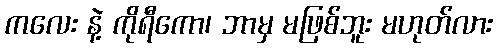
ကလေး နဲ့ ကိုရီကော၊ ဘာမှ မဖြစ်ဘူး မဟုတ်လား